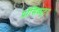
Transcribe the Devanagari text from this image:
प्रॉसिक्यूटर